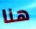
هنا